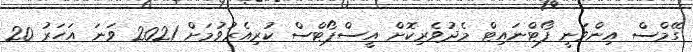
ގޭމްސް އިންވަނީ ފޯޓްނައިޓް މެދުވެރިކޮށް އީސްޕޯޓްސް ކުރިއެރުވުމަށް 2021 ވަނަ އަހަރު 20